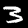
Label: 3